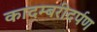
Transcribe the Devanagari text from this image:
कादम्बरीदर्पण